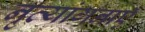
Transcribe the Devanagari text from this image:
नृत्यांगनाएँ